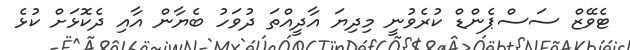
ޓެވޭޒް ސަސްޕެންޑް ކުރެވުނީ މިދިޔަ އާދީއްތަ ދުވަހު ބެޔާން އާއި ދެކޮޅަށް ކުޅެ